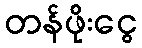
တန်ဖိုးငွေ